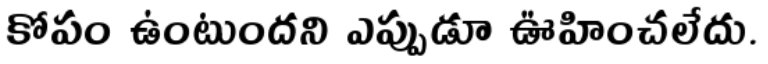
కోపం ఉంటుందని ఎప్పుడూ ఊహించలేదు.